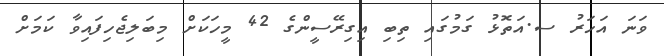
ވަނަ އަހަރު ސ.އަތޮޅު ގަމުގައި ތިބި އިގިރޭސީންގެ 42 މީހަކަށް މިބަލިޖެހިފައިވާ ކަމަށް